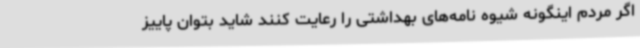
اگر مردم اینگونه شیوه نامه‌های بهداشتی را رعایت کنند شاید بتوان پاییز